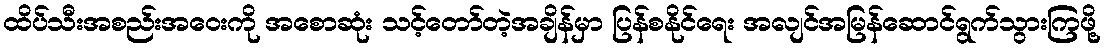
ထိပ်သီးအစည်းအဝေးကို အစောဆုံး သင့်တော်တဲ့အချိန်မှာ ပြန်စနိုင်ရေး အလျင်အမြန်ဆောင်ရွက်သွားကြဖို့